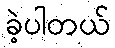
ခဲ့ပါတယ်